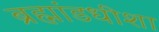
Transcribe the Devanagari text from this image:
ब्रह्मांडधीशा